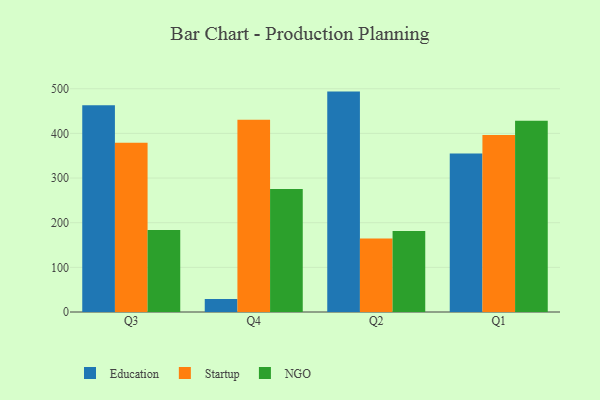
{"axis": {"x": "Quarter", "y": "Tickets Resolved"}, "legend": ["Education", "NGO", "Startup"], "data": [{"x": "Q3", "y": 463.1, "type": "Education"}, {"x": "Q3", "y": 379.3, "type": "Startup"}, {"x": "Q3", "y": 183.4, "type": "NGO"}, {"x": "Q4", "y": 29.2, "type": "Education"}, {"x": "Q4", "y": 430.4, "type": "Startup"}, {"x": "Q4", "y": 275.2, "type": "NGO"}, {"x": "Q2", "y": 493.6, "type": "Education"}, {"x": "Q2", "y": 164.4, "type": "Startup"}, {"x": "Q2", "y": 181.2, "type": "NGO"}, {"x": "Q1", "y": 354.7, "type": "Education"}, {"x": "Q1", "y": 396.2, "type": "Startup"}, {"x": "Q1", "y": 428.1, "type": "NGO"}]}